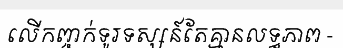
លើកញ្ចក់ទូរទស្សន៍តែគ្មានលទ្ធភាព -